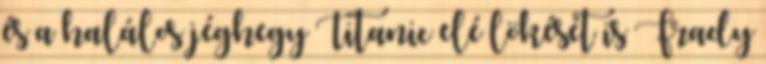
és a halálos jéghegy Titanic elé lökését is Frady